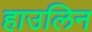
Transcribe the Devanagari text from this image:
हाउलिन